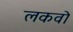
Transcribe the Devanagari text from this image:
लकवो